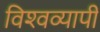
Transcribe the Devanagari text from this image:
विश्‍वव्यापी